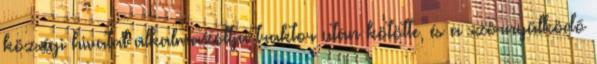
községi hivatal alkalmazottja traktor után kötötte, és a szörnyülködő